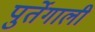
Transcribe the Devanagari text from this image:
पुर्तेगाली